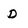
Character: D